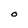
Character: O